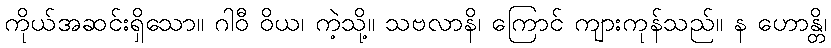
ကိုယ်အဆင်းရှိသော။ ဂါဝီ ဝိယ၊ ကဲ့သို့။ သဗလာနိ၊ ကြောင် ကျားကုန်သည်။ န ဟောန္တိ၊